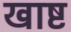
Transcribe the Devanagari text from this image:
खाष्ट